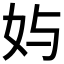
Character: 𱙄